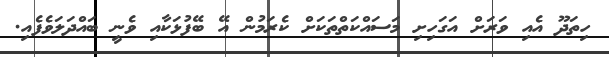
ހިތަދޫ އެއި ވަރަށް އަގަހިށި މަސައްކަތްތަކަށް ކެރަމުން އޭ ބޭފުޅަކާއި ވެނީ ބައްދަލަވެފެއި.